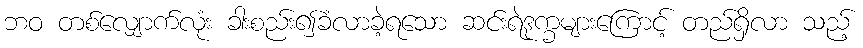
ဘဝ တစ်လျှောက်လုံး ခါးစည်း၍ခံလာခဲ့ရသော ဆင်းရဲဒုက္ခများကြောင့် တည်ရှိလာ သည့်